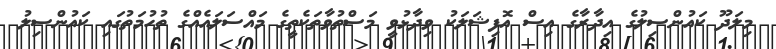
މިލަދޫ ކައުންސިލުގެ އިދާރާގެ އިސް އޮފިޝަލަކު ވިދާޅުވީ މަސްތުވާތަކެތީގެ މައްސަލައެއްގެ ތުހުމަތުގައި ކައުންސިލު